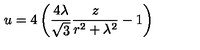
u = 4 \left( { \frac { 4 \lambda } { \sqrt { 3 } } } { \frac { z } { r ^ { 2 } + \lambda ^ { 2 } } } - 1 \right)